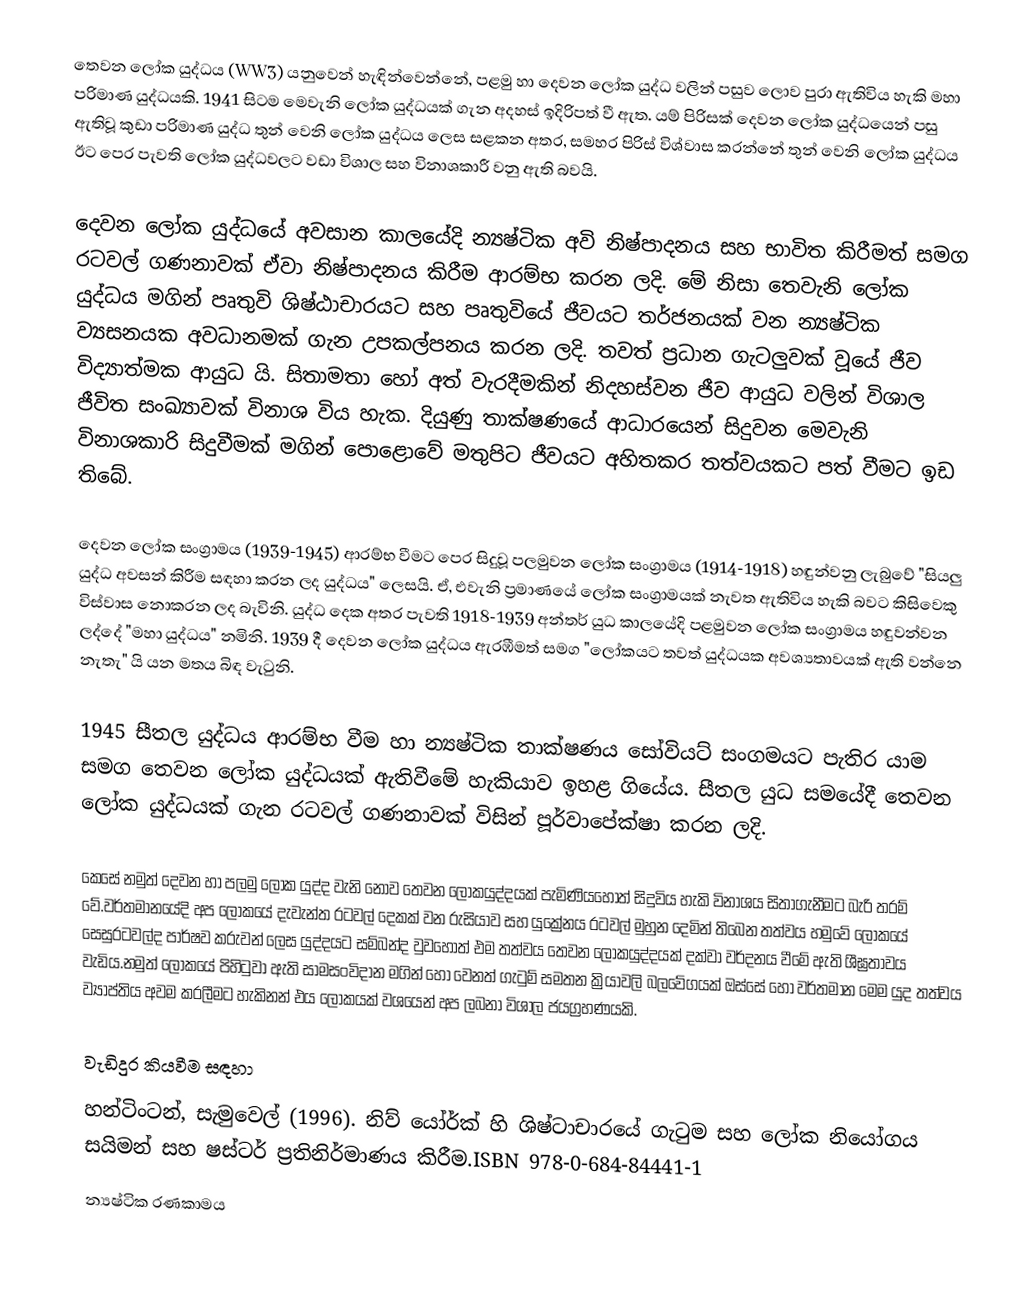
තෙවන ලෝක යුද්ධය (WW3) යනුවෙන් හැඳින්වෙන්නේ, පළමු හා දෙවන ලෝක යුද්ධ වලින් පසුව ලොව පුරා ඇතිවිය හැකි මහා පරිමාණ යුද්ධයකි. 1941 සිටම මෙවැනි ලෝක යුද්ධයක් ගැන අදහස් ඉදිරිපත් වී ඇත. යම් පිරිසක් දෙවන ලෝක යුද්ධයෙන් පසු ඇතිවූ කුඩා පරිමාණ යුද්ධ තුන් වෙනි ලෝක යුද්ධය ලෙස සළකන අතර, සමහර පිරිස් විශ්වාස කරන්නේ තුන් වෙනි ලෝක යුද්ධය ඊට පෙර පැවති ලෝක යුද්ධවලට වඩා විශාල සහ විනාශකාරී වනු ඇති බවයි.

දෙවන ලෝක යුද්ධයේ අවසාන කාලයේදි න්‍යෂ්ටික අවි නිෂ්පාදනය සහ භාවිත කිරීමත් සමග රටවල් ගණනාවක් ඒවා නිෂ්පාදනය කිරීම ආරම්භ කරන ලදි. මේ නිසා තෙවැනි ලෝක යුද්ධය මගින් පෘතුවි ශිෂ්ඨාචාරයට සහ පෘතුවියේ ජීවයට තර්ජනයක් වන න්‍යෂ්ටික ව්‍යසනයක අවධානමක් ගැන උපකල්පනය කරන ලදි. තවත් ප්‍රධාන ගැටලුවක් වූයේ ජීව විද්‍යාත්මක ආයුධ යි. සිතාමතා හෝ අත් වැරදීමකින් නිදහස්වන ජීව ආයුධ වලින් විශාල ජීවිත සංඛ්‍යාවක් විනාශ විය හැක. දියුණු තාක්ෂණයේ ආධාරයෙන් සිදුවන මෙවැනි විනාශකාරි සිදුවීමක් මගින් පොළොවේ මතුපිට ජීවයට අහිතකර තත්වයකට පත් වීමට ඉඩ තිබේ.

දෙවන ලෝක සංග්‍රාමය (1939-1945) ආරම්භ වීමට පෙර සිදුවූ පලමුවන ලෝක සංග්‍රාමය (1914-1918) හඳුන්වනු ලැබුවේ "සියලු යුද්ධ අවසන් කිරීම සඳහා කරන ලද යුද්ධය" ලෙසයි. ඒ, එවැනි ප්‍රමාණයේ ලෝක සංග්‍රාමයක් නැවත ඇතිවිය හැකි බවට කිසිවෙකු විස්වාස නොකරන ලද බැවිනි. යුද්ධ දෙක අතර පැවති 1918-1939 අන්තර් යුධ කාලයේදි පළමුවන ලෝක සංග්‍රාමය හඳුවන්වන ලද්දේ "මහා යුද්ධය" නමිනි. 1939 දී දෙවන ලෝක යුද්ධය ඇරඹීමත් සමග "ලෝකයට තවත් යුද්ධයක අවශ්‍යතාවයක් ඇති වන්නෙ නැතැ" යි යන මතය බිඳ වැටුනි.

1945 සීතල යුද්ධය ආරම්භ වීම හා න්‍යෂ්ටික තාක්ෂණය සෝවියට් සංගමයට පැතිර යාම සමග තෙවන ලෝක යුද්ධයක් ඇතිවීමේ හැකියාව ඉහළ ගියේය. සීතල යුධ සමයේදී තෙවන ලෝක යුද්ධයක් ගැන රටවල් ගණනාවක් විසින් පූර්වාපේක්ෂා කරන ලදි.

කෙසේ නමුත් දෙවන හා පලමු ලෝක යුද්ද වැනි නොව තෙවන ලෝකයුද්දයක් පැමිණියහොත් සිදුවිය හැකි විනාශය සිතාගැනීමට බැරි තරම් වේ.වර්තමානයේදි අප ලෝකයේ දැවැන්ත රටවල් දෙකක් වන රුසියාව සහ යුක්‍රේනය රටවල් මුහුන දෙමින් ති⁣බෙන තත්වය හමුවේ ලෝකයේ සෙසුරටවල්ද පාර්ෂව කරුවන් ලෙස යුද්දයට සම්බන්ද වුවහොත් එම තත්වය තෙවන ලෝකයුද්දයක් දක්වා වර්දනය වීමේ ඇති ශීඝ්‍රතාවය වැඩිය.නමුත් ලෝකයේ පිහිටුවා ඇති සාමසංවිදාන මගින් හෝ වෙනත් ගැටුම් සමතන ක්‍රියාවලි බලවේගයක් ඔස්සේ හෝ වර්තමාන මෙම යුද තත්වය ව්‍යාප්තිය අවම කරලීමට හැකිනන් එය ලෝකයක් වශයෙන් අප ලබනා විශාල ජයග්‍රහණයකි.

වැඩිදුර කියවීම සඳහා
 හන්ටිංටන්, සැමුවෙල් (1996). නිව් යෝර්ක් හි ශිෂ්ටාචාරයේ ගැටුම සහ ලෝක නියෝගය සයිමන් සහ ෂස්ටර් ප්‍රතිනිර්මාණය කිරීම.ISBN 978-0-684-84441-1
න්‍යෂ්ටික රණකාමය